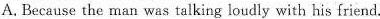
A. Because the man was talking loudly with his friend.